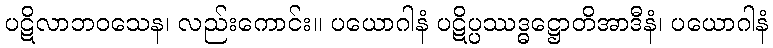
ပဋိလာဘဝသေန၊ လည်းကောင်း။ ပယောဂါနံ ပဋိပ္ပဿဒ္ဓဋ္ဌောတိအာဒီနံ၊ ပယောဂါနံ